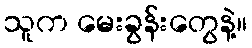
သူက မေးခွန်းတွေနဲ့။